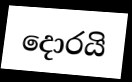
දොරයි